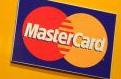
mastercard